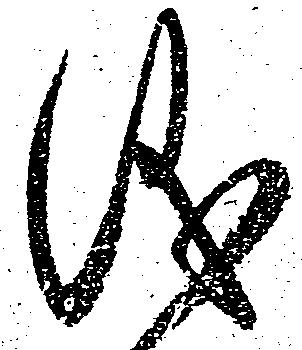
儀